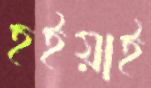
হইয়াই